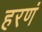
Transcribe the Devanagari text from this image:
हरणं